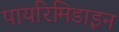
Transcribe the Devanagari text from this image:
पायरिमिडाइन